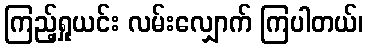
ကြည့်ရှုယင်း လမ်းလျှောက် ကြပါတယ်၊